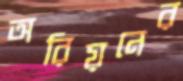
অরিয়নের